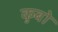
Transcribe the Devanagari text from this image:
कुबो